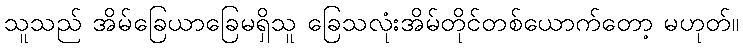
သူသည် အိမ်ခြေယာခြေမရှိသူ ခြေသလုံးအိမ်တိုင်တစ်ယောက်တော့ မဟုတ်။